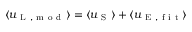
\langle u _ { \mathrm { ~ L ~ , ~ m ~ o ~ d ~ } } \rangle = \langle u _ { \mathrm { ~ S ~ } } \rangle + \langle u _ { \mathrm { ~ E ~ , ~ f ~ i ~ t ~ } } \rangle